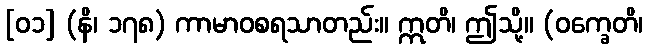
[၀၁] (နိ၊ ၁၇၈) ကာမာဝစရသာတည်း။ ဣတိ၊ ဤသို့။ (ဝက္ခေတိ၊